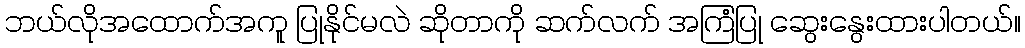
ဘယ်လိုအထောက်အကူ ပြုနိုင်မလဲ ဆိုတာကို ဆက်လက် အကြံပြု ဆွေးနွေးထားပါတယ်။